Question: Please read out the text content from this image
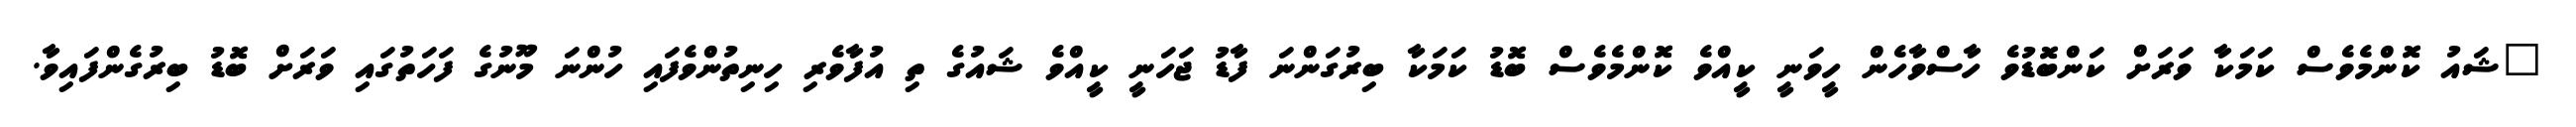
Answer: "ޝައު ކޮންމެވެސް ކަމަކާ ވަރަށް ކަންބޮޑުވެ ހާސްވާހެން ހީވަނީ ކީއްވެ ކޮންމެވެސް ބޮޑު ކަމަކާ ބިރުގަންނަ ފާޑު ޖަހަނީ ކީއްވެ ޝައުގެ ތި އުފާވެރި ހިނިތުންވެފައި ހުންނަ މޫނުގެ ފަހަތުގައި ވަރަށް ބޮޑު ބިރުގެންފައިވާ.